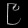
Digit: ၉